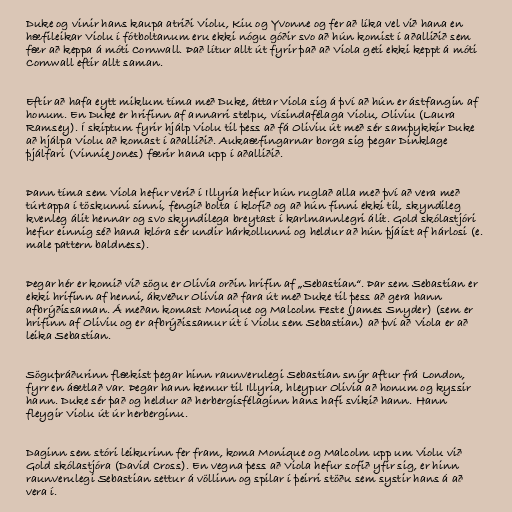
Duke og vinir hans kaupa atriði Violu, Kiu og Yvonne og fer að líka vel við hana en
hæfileikar Violu í fótboltanum eru ekki nógu góðir svo að hún komist í aðalliðið sem
fær að keppa á móti Cornwall. Það lítur allt út fyrir það að Viola geti ekki keppt á móti
Cornwall eftir allt saman.

Eftir að hafa eytt miklum tíma með Duke, áttar Viola sig á því að hún er ástfangin af
honum. En Duke er hrifinn af annarri stelpu, vísindafélaga Violu, Oliviu (Laura
Ramsey). Í skiptum fyrir hjálp Violu til þess að fá Oliviu út með sér samþykkir Duke
að hjálpa Violu að komast í aðalliðið. Aukaæfingarnar borga sig þegar Dinklage
þjálfari (Vinnie Jones) færir hana upp í aðalliðið.

Þann tíma sem Viola hefur verið í Illyria hefur hún ruglað alla með því að vera með
túrtappa í töskunni sinni, fengið bolta í klofið og að hún finni ekki til, skyndileg
kvenleg álit hennar og svo skyndilega breytast í karlmannlegri álit. Gold skólastjóri
hefur einnig séð hana klóra sér undir hárkollunni og heldur að hún þjáist af hárlosi (e.
male pattern baldness).

Þegar hér er komið við sögu er Olivia orðin hrifin af „Sebastian“. Þar sem Sebastian er
ekki hrifinn af henni, ákveður Olivia að fara út með Duke til þess að gera hann
afbrýðissaman. Á meðan komast Monique og Malcolm Feste (James Snyder) (sem er
hrifinn af Oliviu og er afbrýðissamur út í Violu sem Sebastian) að því að Viola er að
leika Sebastian.

Söguþráðurinn flækist þegar hinn raunverulegi Sebastian snýr aftur frá London,
fyrr en áætlað var. Þegar hann kemur til Illyria, hleypur Olivia að honum og kyssir
hann. Duke sér það og heldur að herbergisfélaginn hans hafi svikið hann. Hann
fleygir Violu út úr herberginu.

Daginn sem stóri leikurinn fer fram, koma Monique og Malcolm upp um Violu við
Gold skólastjóra (David Cross). En vegna þess að Viola hefur sofið yfir sig, er hinn
raunverulegi Sebastian settur á völlinn og spilar í þeirri stöðu sem systir hans á að
vera í.